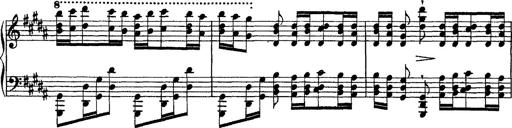
Title: Grandes Ã©tudes de Paganini
Composer: Franz Liszt